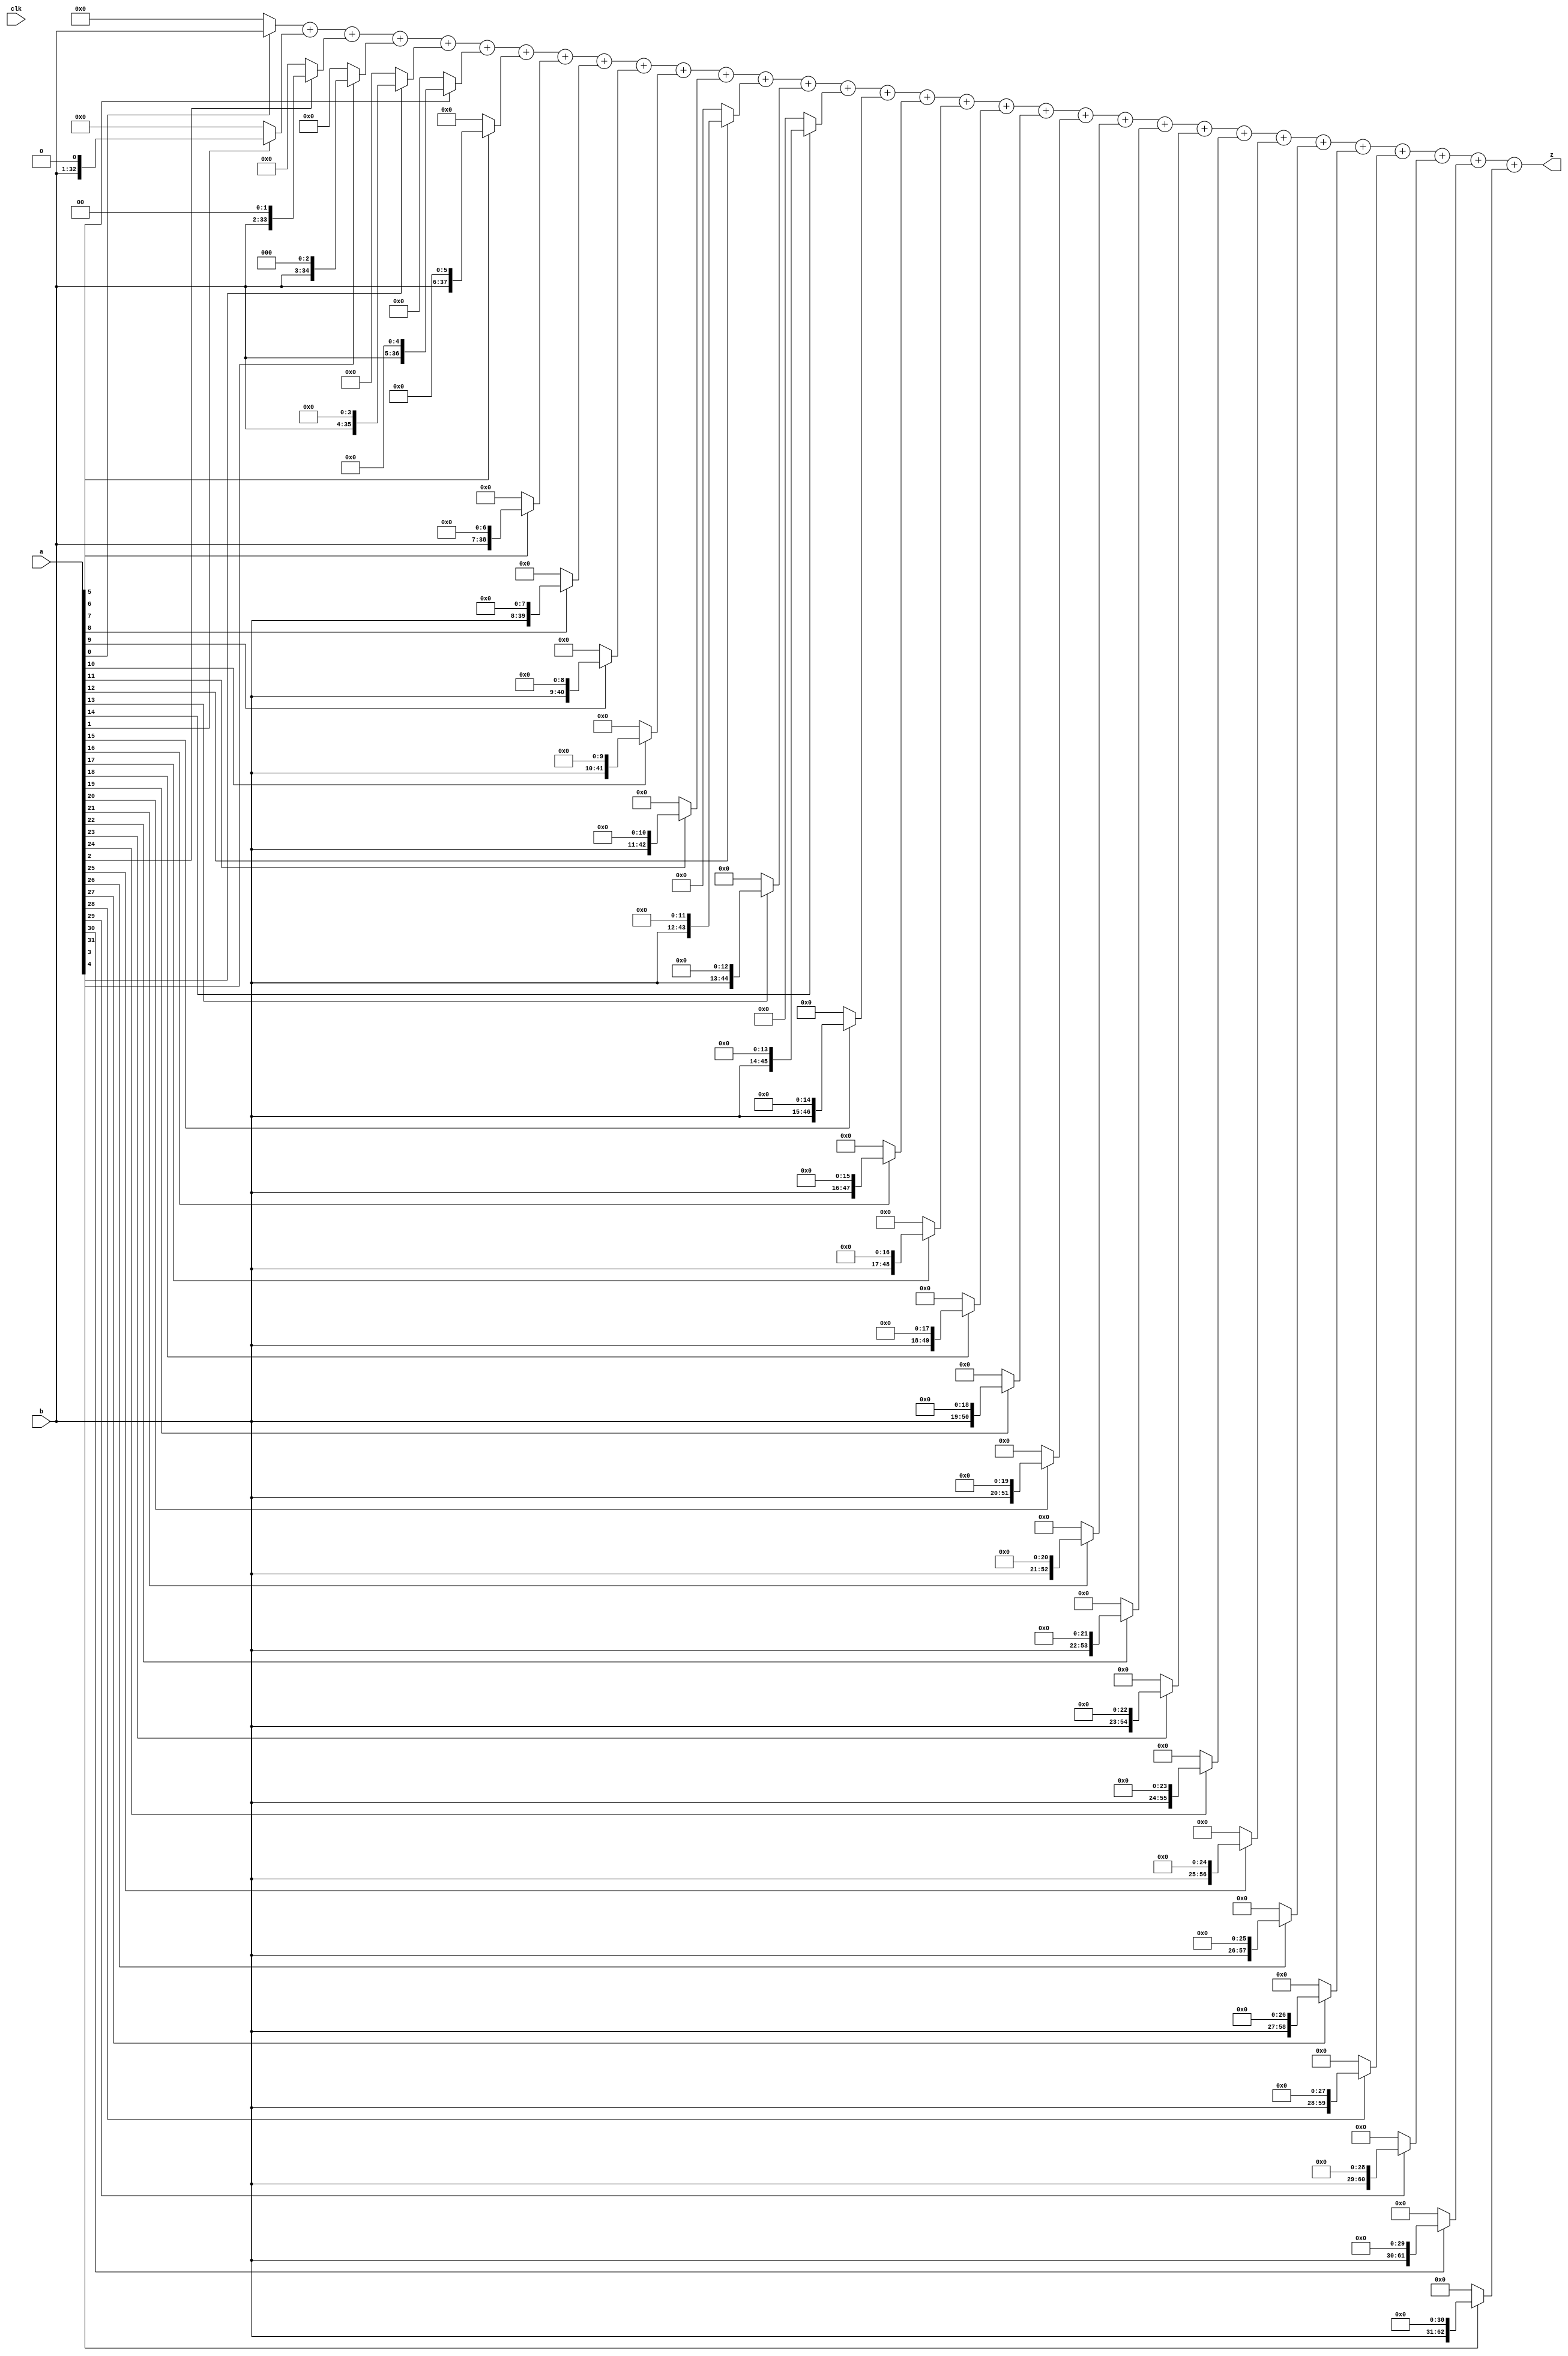
`timescale 1ns / 1ps
//////////////////////////////////////////////////////////////////////////////////
// Company: 
// Engineer: 
// 
// Design Name: 
// Module Name: MULTU
// Project Name: 
// Target Devices: 
// Tool Versions: 
// Description: 
// 
// Dependencies: 
// 
// Revision:
// Revision 0.01 - File Created
// Additional Comments:
// 
//////////////////////////////////////////////////////////////////////////////////


module MULTU(
 input clk,
   input [31:0]a,
   input [31:0]b,
   output reg[63:0]z
   );
  always@(*) begin
   z = (a[0] ? {32'b0,b}:64'b0)+(a[1] ? {31'b0,b,1'b0} : 64'b0)+(a[2] ? {30'b0, b, 2'b0} : 64'b0)+(a[3] ? {29'b0,b,3'b0} : 64'b0)+(a[4] ? {28'b0, b, 4'b0} : 64'b0)+(a[5] ? {27'b0,b,5'b0} : 64'b0)+(a[6] ? {26'b0, b, 6'b0} : 64'b0)+(a[7] ? {25'b0,b,7'b0} : 64'b0)+(a[8] ? {24'b0, b, 8'b0} : 64'b0)+(a[9] ? {23'b0,b,9'b0} : 64'b0)+(a[10] ? {22'b0, b, 10'b0} : 64'b0)+(a[11] ? {21'b0,b,11'b0} : 64'b0)+(a[12] ? {20'b0, b, 12'b0} : 64'b0)+(a[13] ? {19'b0,b,13'b0} : 64'b0)+(a[14] ? {18'b0, b, 14'b0} : 64'b0)+(a[15] ? {17'b0,b,15'b0} : 64'b0)+(a[16] ? {16'b0, b, 16'b0} : 64'b0)+(a[17] ? {15'b0,b,17'b0} : 64'b0)+(a[18] ? {14'b0, b, 18'b0} : 64'b0)+(a[19] ? {13'b0,b,19'b0} : 64'b0)+(a[20] ? {12'b0, b, 20'b0} : 64'b0)+(a[21] ? {11'b0,b,21'b0} : 64'b0)+(a[22] ? {10'b0, b, 22'b0} : 64'b0)+(a[23] ? {9'b0,b,23'b0} : 64'b0)+(a[24] ? {8'b0, b, 24'b0} : 64'b0)+(a[25] ? {7'b0,b,25'b0} : 64'b0)+(a[26] ? {6'b0, b, 26'b0} : 64'b0)+(a[27] ? {5'b0,b,27'b0} : 64'b0)+(a[28] ? {4'b0, b, 28'b0} : 64'b0)+(a[29] ? {3'b0,b,29'b0} : 64'b0)+(a[30] ? {2'b0, b, 30'b0} : 64'b0)+(a[31] ? {1'b0,b,31'b0} : 64'b0);
  end
endmodule